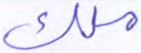
ملك